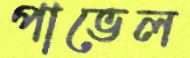
পাভেল